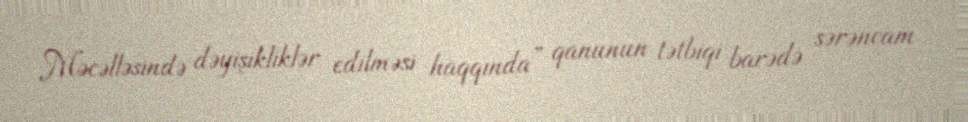
Məcəlləsində dəyişikliklər edilməsi haqqında” qanunun tətbiqi barədə sərəncam